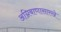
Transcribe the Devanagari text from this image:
अग्निबाणासारखे